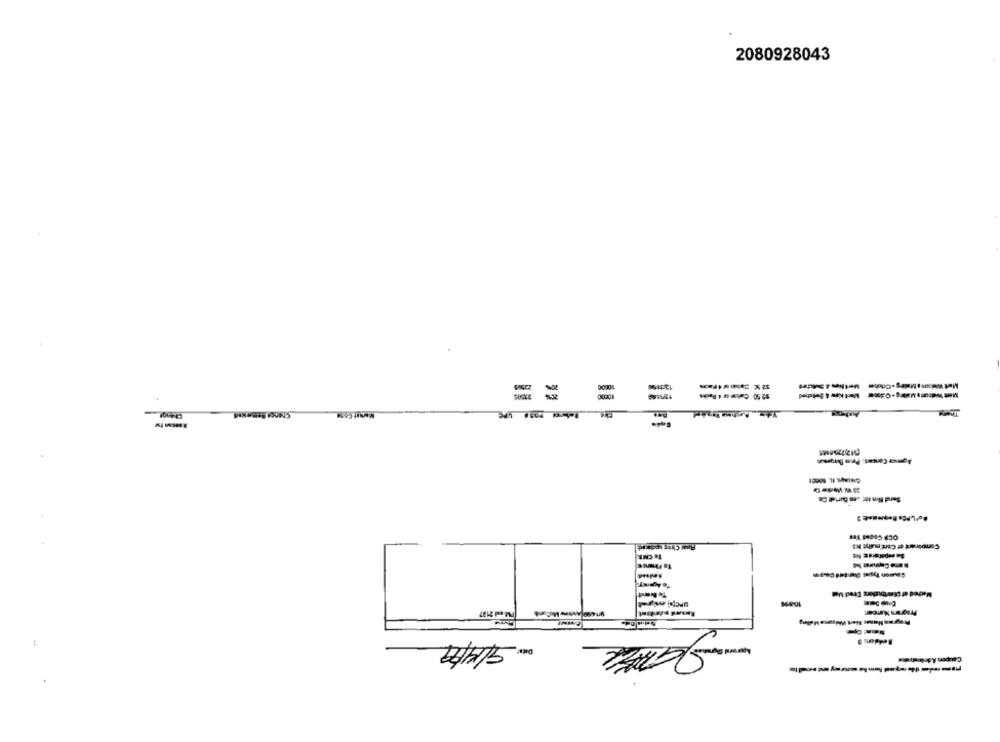
2080928043
$2.50 Calme or 4 Packs
Agenor Contact: Peun Burgesun
Anal Cires sodrcad-
Component of Cart muty: IS
Te CMS
Program Number:
Det .: 9/14/9